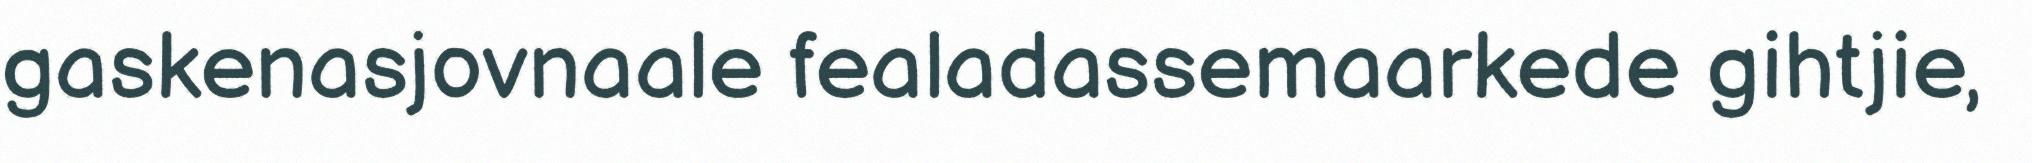
gaskenasjovnaale fealadassemaarkede gihtjie,